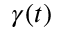
\gamma ( t )